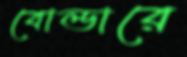
বোল্ডারে